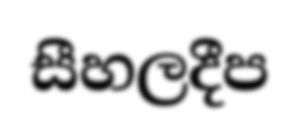
සීහලදීප